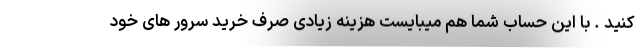
کنید . با این حساب شما هم میبایست هزینه زیادی صرف خرید سرور های خود